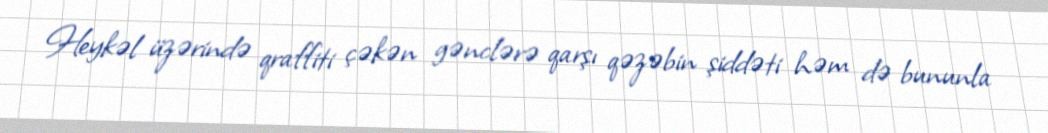
Heykəl üzərində qraffiti çəkən gənclərə qarşı qəzəbin şiddəti həm də bununla